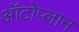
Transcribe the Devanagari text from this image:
ऑटोप्लान